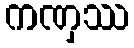
ကဏှဿ